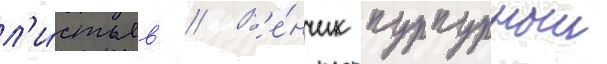
л'и́стьев // В'е́нчик пурпурныи